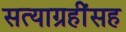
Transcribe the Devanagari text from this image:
सत्याग्रहींसह